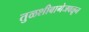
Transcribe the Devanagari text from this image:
तुळशीबागेजवळून